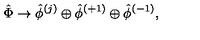
{ \hat { \Phi } } \rightarrow { \hat { \phi } } ^ { ( j ) } \oplus { \hat { \phi } } ^ { ( + 1 ) } \oplus { \hat { \phi } } ^ { ( - 1 ) } ,